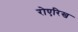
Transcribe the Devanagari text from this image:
रोएरिख